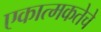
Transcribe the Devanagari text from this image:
एकात्मकतेचे